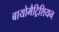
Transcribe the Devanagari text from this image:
बायोमैट्रिशियन